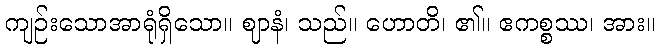
ကျဉ်းသောအာရုံရှိသော။ ဈာနံ၊ သည်။ ဟောတိ၊ ၏။ ဧကစ္စဿ၊ အား။